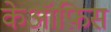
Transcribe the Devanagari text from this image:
केऑफ़िस